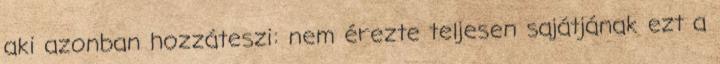
aki azonban hozzáteszi: nem érezte teljesen sajátjának ezt a